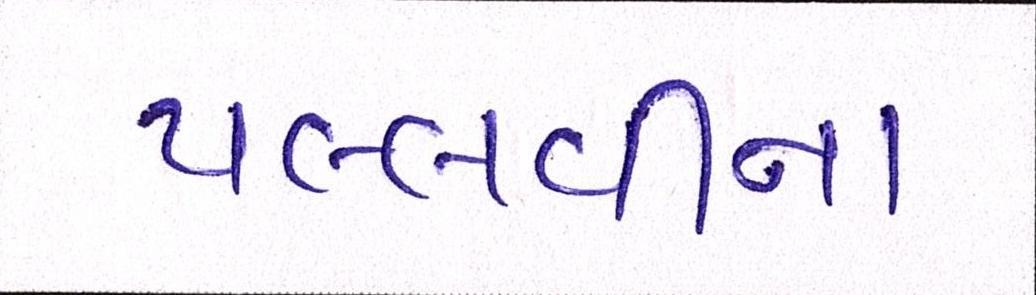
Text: પલ્લવીના